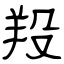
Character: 羖